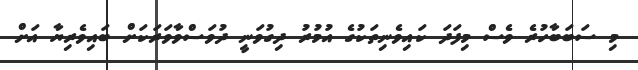
މި ސަބަބާހުރެ ވެސް މިފަދަ ކައިވެނިތަކުގެ އުމުރު ދިގުވަނީ ދުވަސްވާވަރަކަށް ބައިވެރިޔާ އަށް